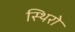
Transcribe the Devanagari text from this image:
स्थिरो